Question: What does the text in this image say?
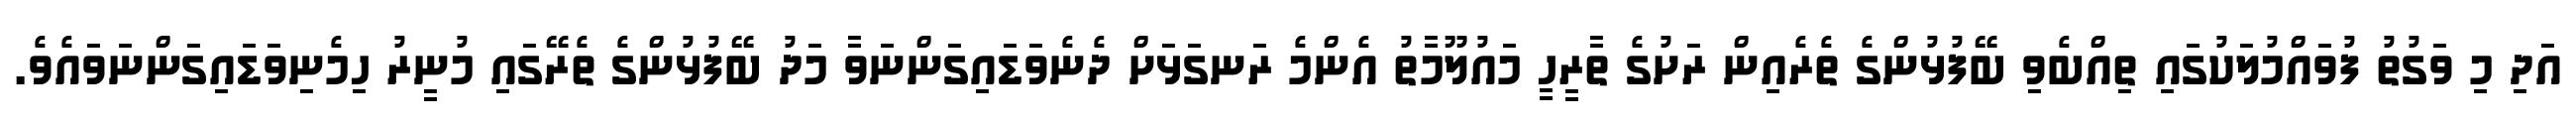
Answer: އަދި މި ވަގުތު ފުވައްމުލަކުގައި ތިއްބެވި ބޭފުޅުންގެ ތެރެއިން ރަށުގެ ތާރީހީ މައުލޫމާތު އެންމެ ރަނގަޅަށް ދެނެވަޑައިގަންނަވާ މަދު ބޭފުޅުންގެ ތެރޭގައި މުނީރު ހިމެނިވަޑައިގަންނަވައެވެ.